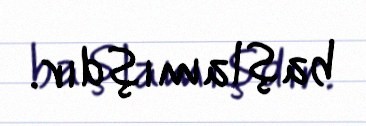
başlamışdır.